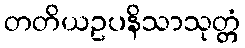
တတိယဥပနိသာသုတ္တံ